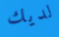
لديك